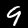
Label: 9